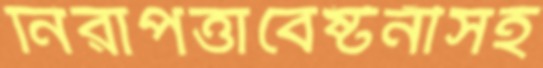
নিরাপত্তাবেষ্টনীসহ